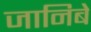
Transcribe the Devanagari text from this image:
जानिबे